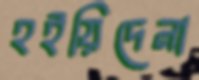
হইয়িদেনা